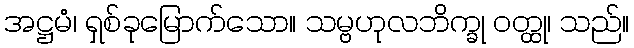
အဋ္ဌမံ၊ ရှစ်ခုမြောက်သော။ သမ္ဗဟုလဘိက္ခု ဝတ္ထု၊ သည်။